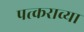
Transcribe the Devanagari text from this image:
पत्कराव्या